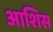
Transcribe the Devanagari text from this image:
आशिस